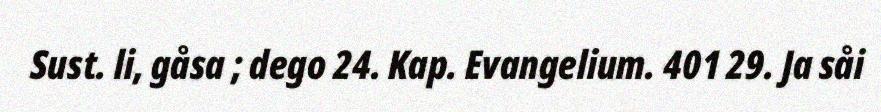
Sust. li, gåsa ; dego 24. Kap. Evangelium. 401 29. Ja såi